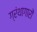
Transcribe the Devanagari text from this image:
ग्रंथागारों